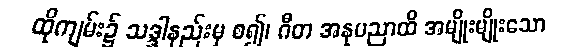
ထိုကျမ်း၌ သဒ္ဒါနည်းမှ စ၍၊ ဂီတ အနုပညာထိ အမျိုးမျိုးသော